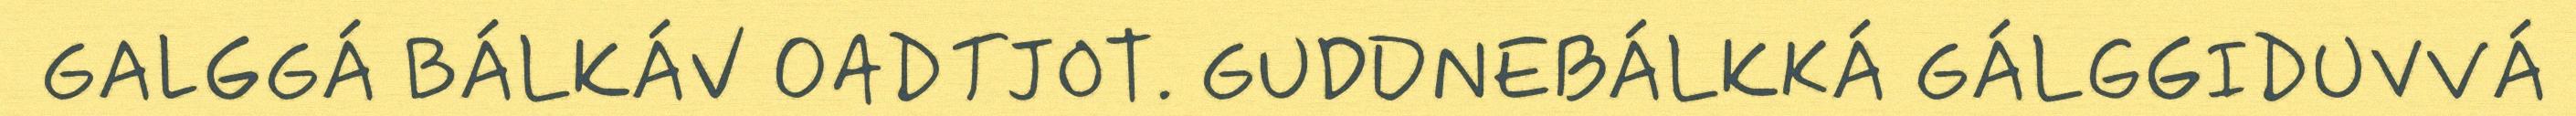
GALGGÁ BÁLKÁV OADTJOT. GUDDNEBÁLKKÁ GÁLGGIDUVVÁ